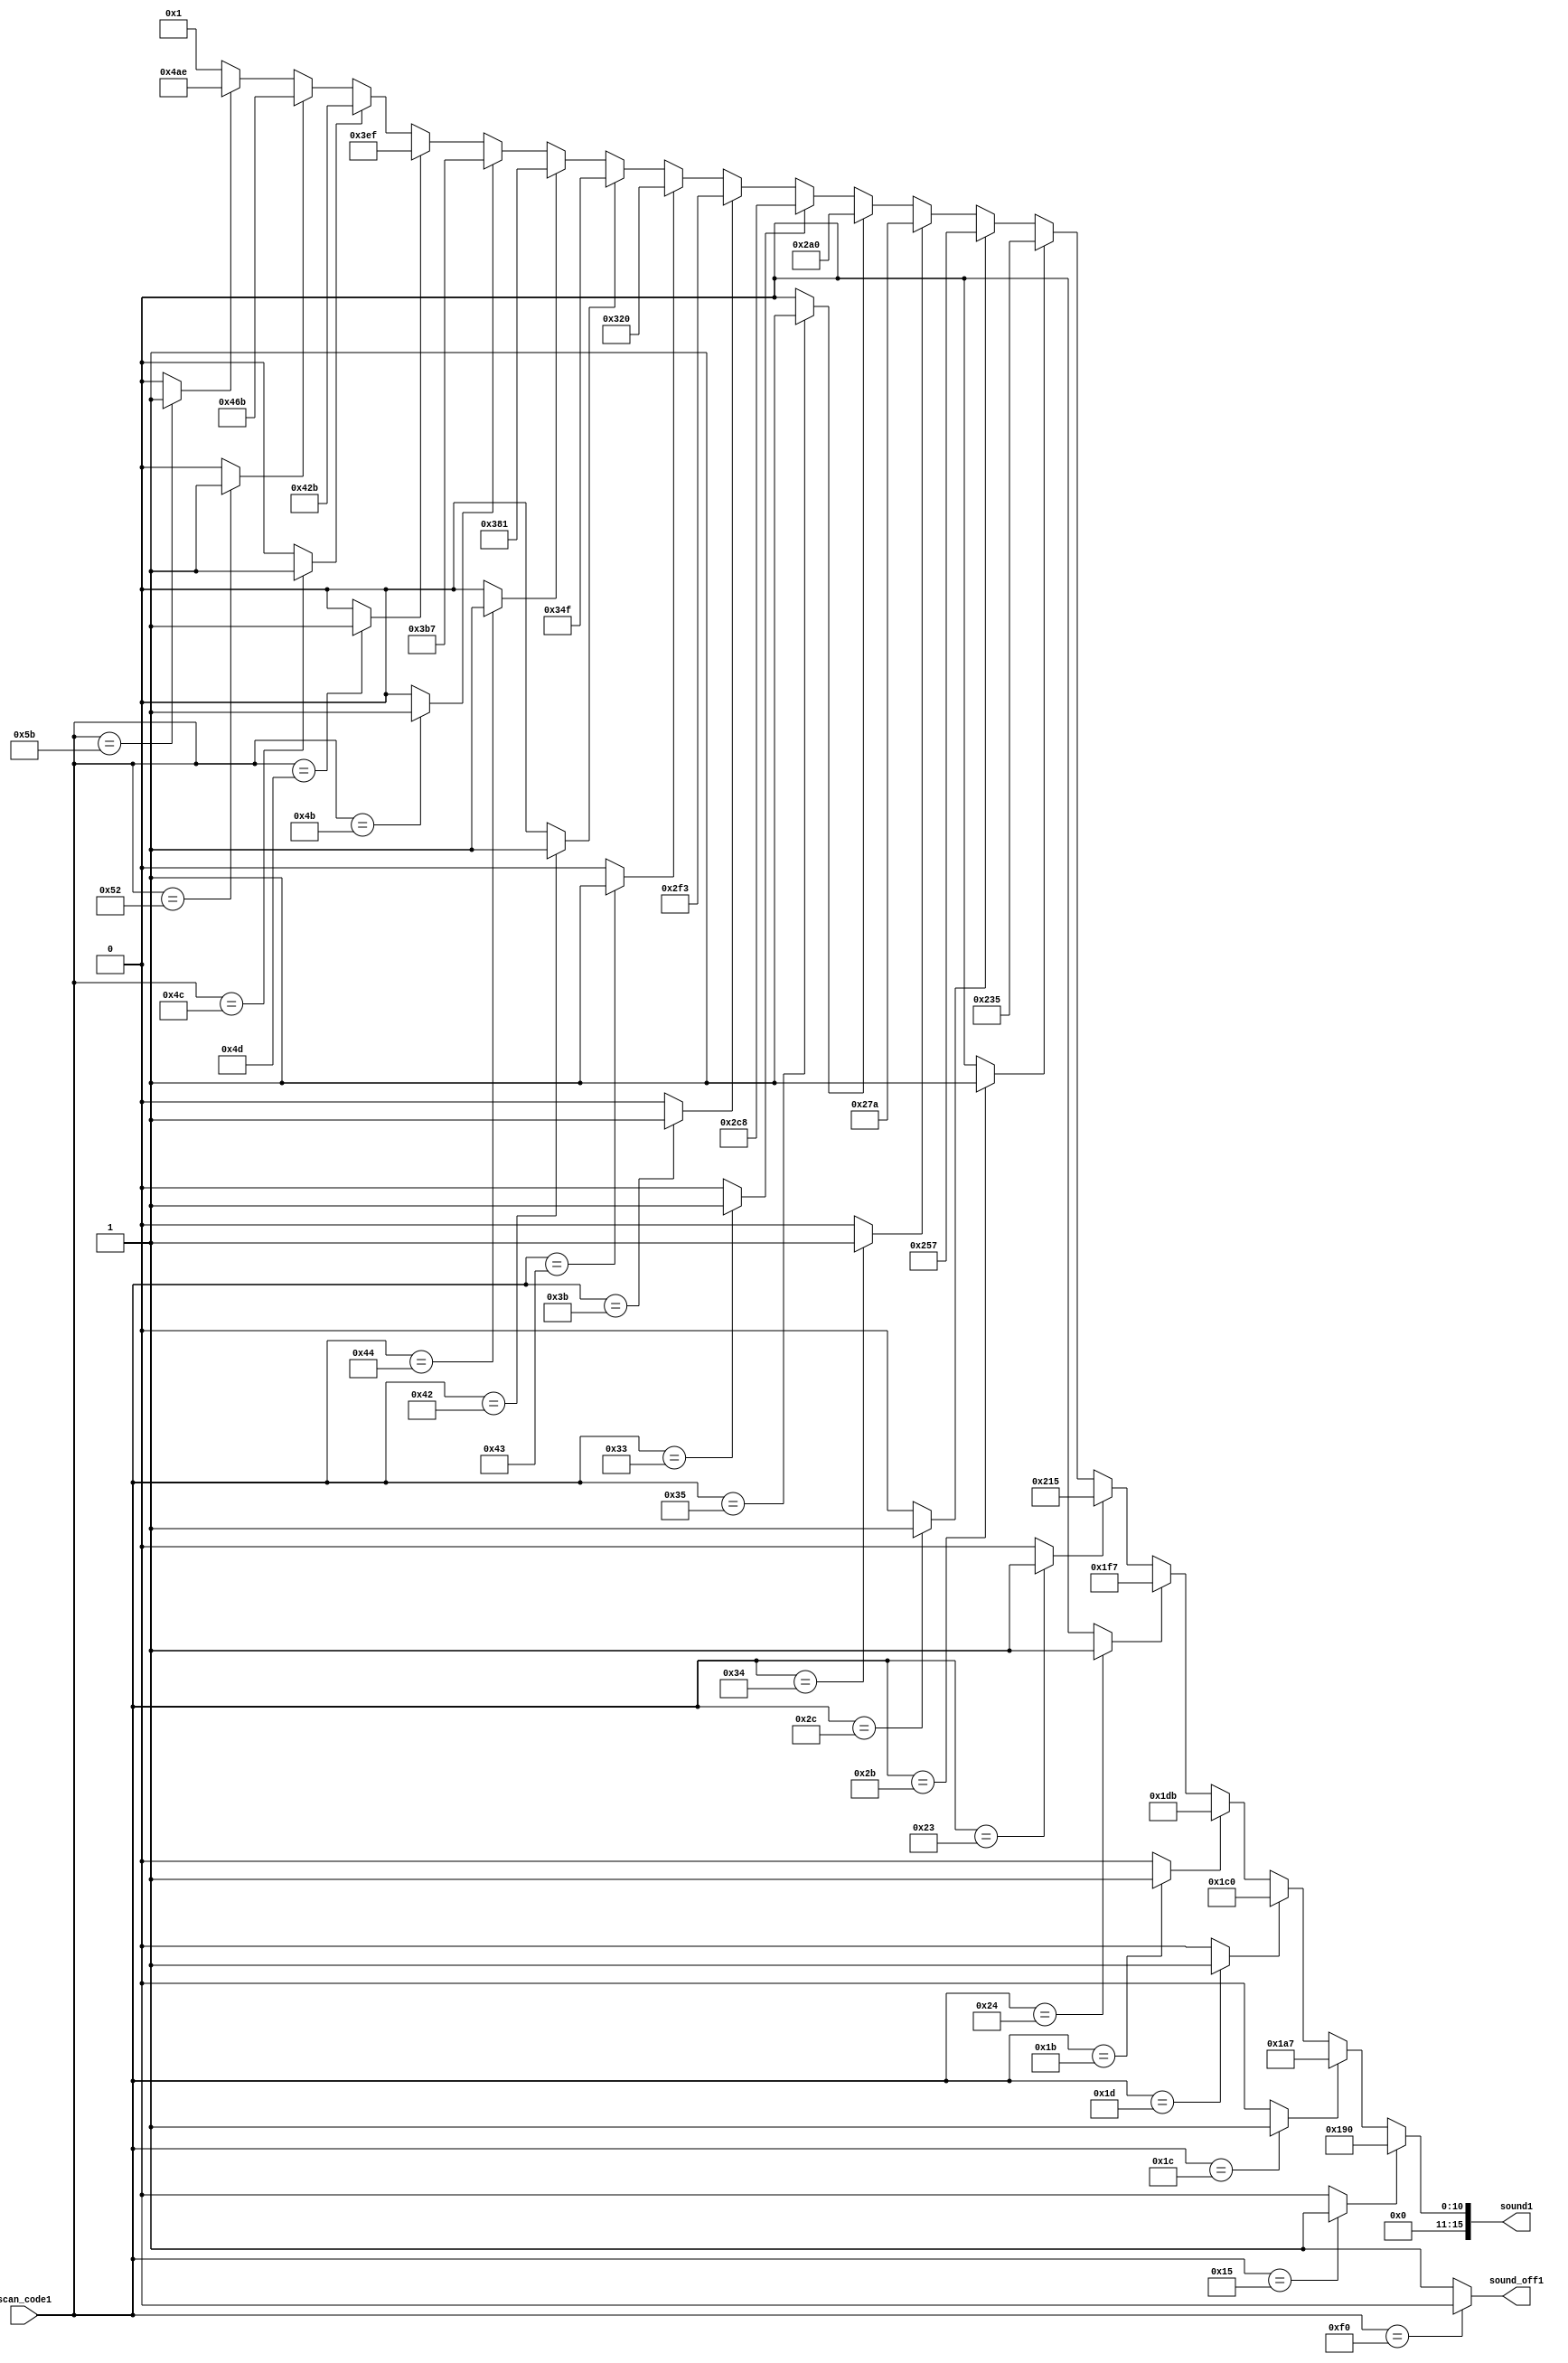
module staff(
	input [7:0]scan_code1,
	output [15:0]sound1,
	output sound_off1
);	

//////SoundOff Key///////
	assign sound_off1=(scan_code1==8'hf0)?0:1;

/////////Channel-1 Trigger////////
	wire L_5_tr=(scan_code1==8'h1c)?1:0;//-5
	wire L_6_tr=(scan_code1==8'h1b)?1:0;//-6		
	wire L_7_tr=(scan_code1==8'h23)?1:0;//-7		
	wire M_1_tr=(scan_code1==8'h2b)?1:0;//1		
	wire M_2_tr=(scan_code1==8'h34)?1:0;//2		
	wire M_3_tr=(scan_code1==8'h33)?1:0;//3		
	wire M_4_tr=(scan_code1==8'h3b)?1:0;//4		
	wire M_5_tr=(scan_code1==8'h42)?1:0;//5		
	wire M_6_tr=(scan_code1==8'h4b)?1:0;//6		
	wire M_7_tr=(scan_code1==8'h4c)?1:0;//7		
	wire H_1_tr=(scan_code1==8'h52)?1:0;//+1		
	wire H_2_tr=0;//+2
	wire H_3_tr=0;//+3
	wire H_4_tr=0;//+4
	wire H_5_tr=0;//+5
	wire Hu4_tr=0;//((!get_gate) && (scan_code==8'h15))?1:0;//+#4
	wire Hu2_tr=0;//((!get_gate) && (scan_code==8'h1d))?1:0;//+#2
	wire Hu1_tr=(scan_code1==8'h5b)?1:0;//+#1
	wire Mu6_tr=(scan_code1==8'h4d)?1:0;//#6
	wire Mu5_tr=(scan_code1==8'h44)?1:0;//#5
	wire Mu4_tr=(scan_code1==8'h43)?1:0;//#4
	wire Mu2_tr=(scan_code1==8'h35)?1:0;//#2
	wire Mu1_tr=(scan_code1==8'h2c)?1:0;//#1
	wire Lu6_tr=(scan_code1==8'h24)?1:0;//-#6
	wire Lu5_tr=(scan_code1==8'h1d)?1:0;//-#5
	wire Lu4_tr=(scan_code1==8'h15)?1:0;//-#4

	assign sound1=(    //channel-1 frequency
		(Lu4_tr)?400  :(
		(L_5_tr)?423  :(
		(Lu5_tr)?448  :(
		(L_6_tr)?475  :(
		(Lu6_tr)?503  :(
		(L_7_tr)?533  :(
		(M_1_tr)?565  :(
		(Mu1_tr)?599  :(
		(M_2_tr)?634  :(
		(Mu2_tr)?672  :(
		(M_3_tr)?712  :(
		(M_4_tr)?755  :(
		(Mu4_tr)?800  :(
		(M_5_tr)?847  :(
		(Mu5_tr)?897  :(
		(M_6_tr)?951  :(
		(Mu6_tr)?1007 :(
		(M_7_tr)?1067 :(
		(H_1_tr)?1131 :(
		(Hu1_tr)?1198 :1
		)))))))))))))))))))
	);

endmodule